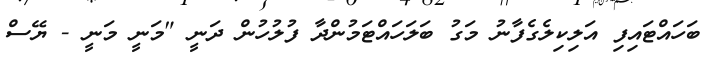
ބަހައްޓައިފި އަލިކިލެގެފާނު މަގު ބަލަހައްޓަމުންދާ ފުލުހުން ދަނީ "މަނީ މަނީ - ޔޭސް